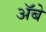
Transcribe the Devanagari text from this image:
ॲबे